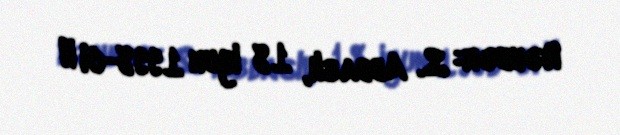
Rəhbər: S. Abbaslı, 18 iyun 1998-ci il